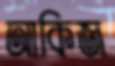
আকিজ